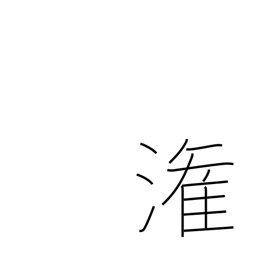
Meaning: pour into